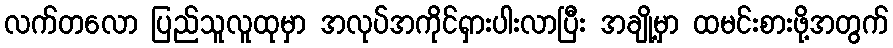
လက်တလော ပြည်သူလူထုမှာ အလုပ်အကိုင်ရှားပါးလာပြီး အချို့မှာ ထမင်းစားဖို့အတွက်